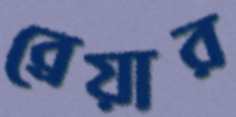
ব্রেয়ার